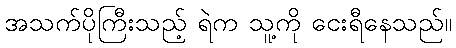
အသက်ပိုကြီးသည့် ရဲက သူ့ကို ငေးရီနေသည်။